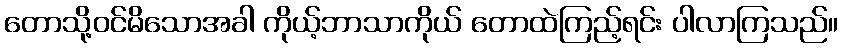
တောသို့ဝင်မိသောအခါ ကိုယ့်ဘာသာကိုယ် တောထဲကြည့်ရင်း ပါလာကြသည်။